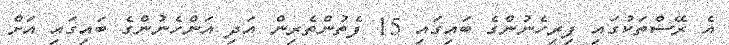
އެ ރޭސްތަކުގައި ފިރިހެނުންގެ ބައިގައި 15 ފެތުންތެރިން އަދި އަންހެނުންގެ ބައިގައި އަށް